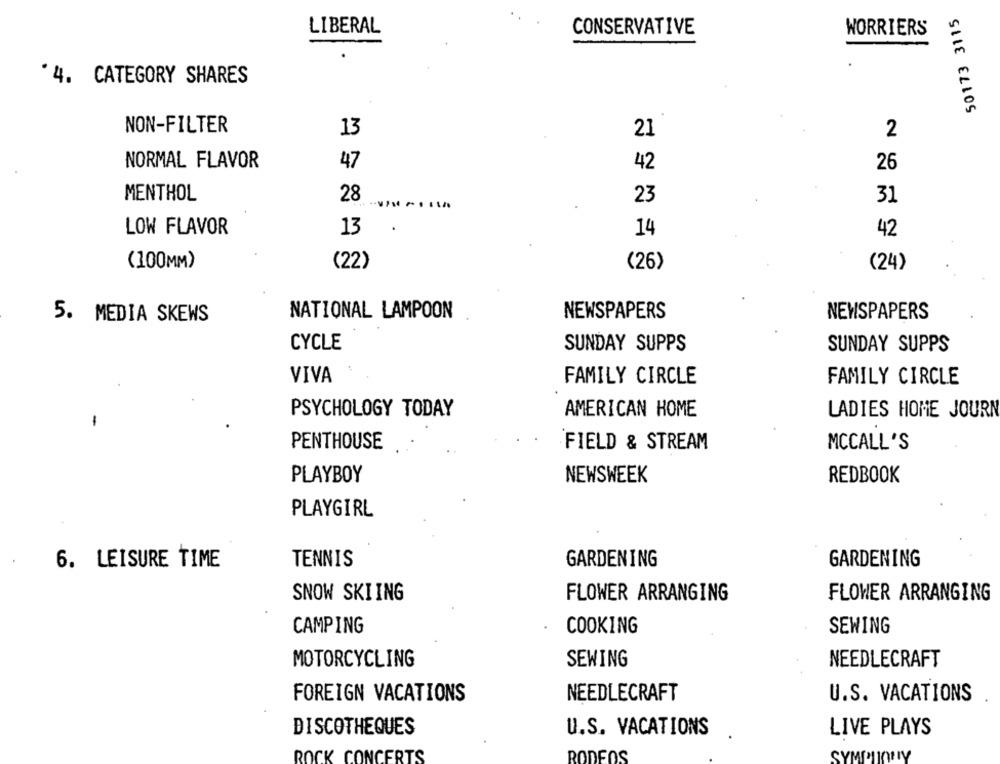
50173 3115
LIBERAL
CONSERVATIVE
WORRIERS
'4. CATEGORY SHARES
NON-FILTER
13
21
2
NORMAL FLAVOR
47
42
26
MENTHOL
28
23
31
13
LOW FLAVOR
14
42
(100MM)
(22)
(26)
(24)
5. MEDIA SKEWS
NATIONAL LAMPOON
NEWSPAPERS
NEWSPAPERS
CYCLE
SUNDAY SUPPS
SUNDAY SUPPS
VIVA
FAMILY CIRCLE
FAMILY CIRCLE
PSYCHOLOGY TODAY
AMERICAN HOME
LADIES HOME JOURN
PENTHOUSE
FIELD & STREAM
MCCALL 'S
PLAYBOY
NEWSWEEK
REDBOOK
PLAYGIRL
6. LEISURE TIME
TENNIS
GARDENING
GARDENING
SNOW SKIING
FLOWER ARRANGING
FLOWER ARRANGING
CAMPING
COOKING
SEWING
MOTORCYCLING
SEWING
NEEDLECRAFT
FOREIGN VACATIONS
NEEDLECRAFT
U.S. VACATIONS
DISCOTHEQUES
U.S. VACATIONS
LIVE PLAYS
ROCK CONCERTS
RODEOS